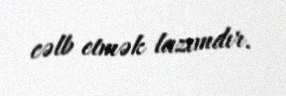
cəlb etmək lazımdır.